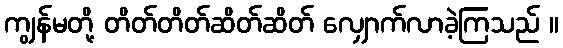
ကျွန်မတို့ တိတ်တိတ်ဆိတ်ဆိတ် လျှောက်လာခဲ့ကြသည် ။